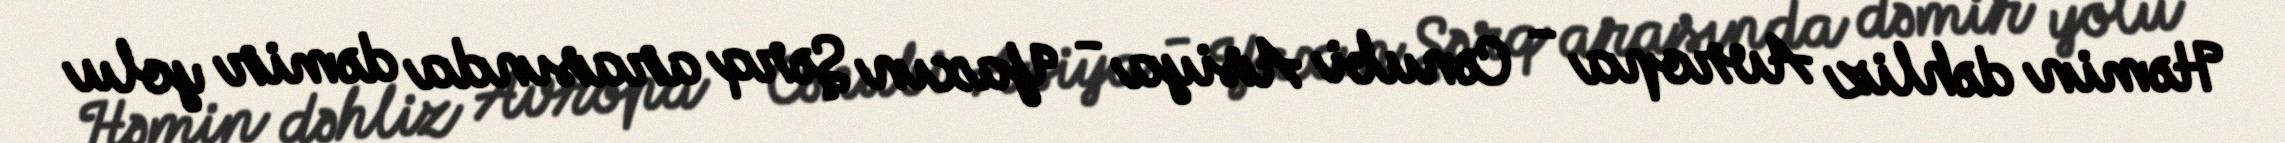
Həmin dəhliz Avropa - Cənubi Asiya - Yaxın Şərq arasında dəmir yolu